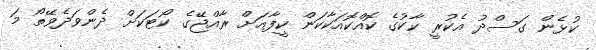
ކުޅެން ގަސްދު އެކުރީ ކާކުގެ ކޮއްކޮއަކާކަން ކީފާއަށް ރާއްޖޭގެ ކޯޓަކަށް ދެންވަދެވޭތޯ މަ